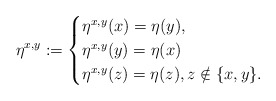
\begin{align*}\eta^{x,y}:=\begin{cases} \eta^{x,y}(x)=\eta(y),\\ \eta^{x,y}(y)=\eta(x)\\ \eta^{x,y}(z)=\eta(z), z\notin \{x,y\}.\end{cases}\end{align*}